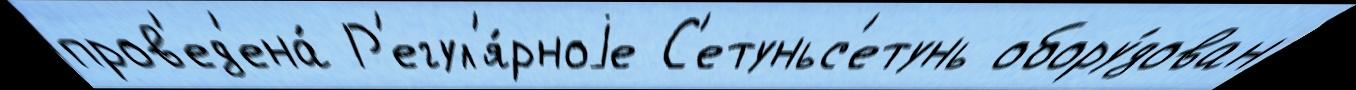
пров'ед'ена́ Р'егул'я́рноjе С'етуньс'етунь обору́дован